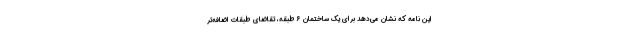
این نامه که نشان می‌دهد برای یک ساختمان ۶ طبقه،‌ تقاضای طبقات اضافه‌تر